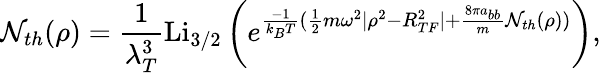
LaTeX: \mathcal{N}_{th}(\rho)=\frac{1}{\lambda_{T}^{3}}\mathrm{Li}_{3/2}\left(e^{\frac{-1}{k_{B}T}(\frac{1}{2}m\omega^{2}|\rho^{2}-R_{TF}^{2}|+\frac{8\pi a_{bb}}{m}\mathcal{N}_{th}(\rho))}\right),